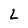
Character: L